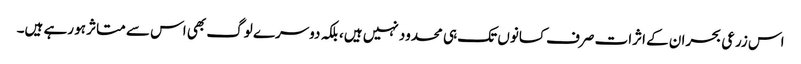
اس زرعی بحران کے اثرات صرف کسانوں تک ہی محدود نہیں ہیں، بلکہ دوسرے لوگ بھی اس سے متاثر ہو رہے ہیں۔